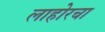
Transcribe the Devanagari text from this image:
लाहोरचा